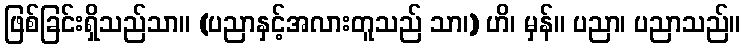
ဖြစ်ခြင်းရှိသည်သာ။ (ပညာနှင့်အလားတူသည် သာ၊) ဟိ၊ မှန်။ ပညာ၊ ပညာသည်။